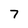
Character: 7